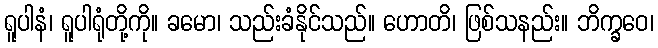
ရူပါနံ၊ ရူပါရုံတို့ကို။ ခမော၊ သည်းခံနိုင်သည်။ ဟောတိ၊ ဖြစ်သနည်း။ ဘိက္ခဝေ၊